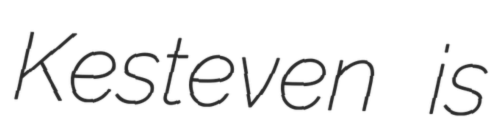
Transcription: Kesteven is